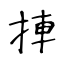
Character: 捙